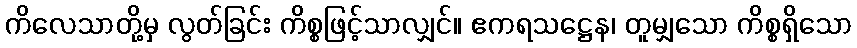
ကိလေသာတို့မှ လွတ်ခြင်း ကိစ္စဖြင့်သာလျှင်။ ဧကရသဋ္ဌေန၊ တူမျှသော ကိစ္စရှိသော